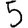
Digit: 5